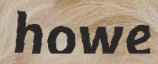
howe